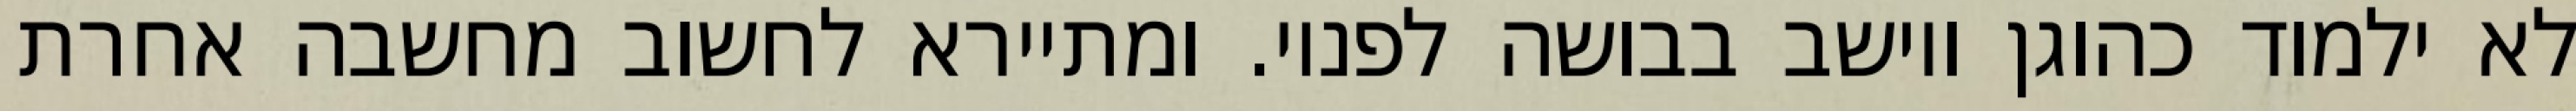
לא ילמוד כהוגן ויושב בבושה לפניו. ומתיירא לחשוב מחשבה אחרת